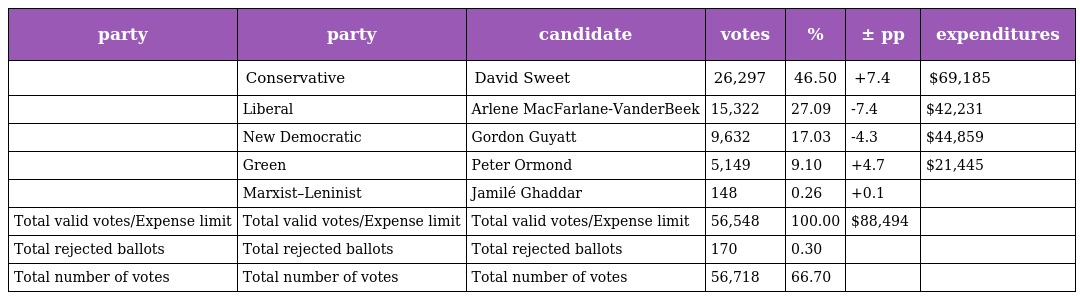
| party | party | candidate | votes | % | ± pp | expenditures |
 | --- | --- | --- | --- | --- | --- | --- |
 |  | Conservative | David Sweet | 26,297 | 46.50 | +7.4 | $69,185 |
 |  | Liberal | Arlene MacFarlane-VanderBeek | 15,322 | 27.09 | -7.4 | $42,231 |
 |  | New Democratic | Gordon Guyatt | 9,632 | 17.03 | -4.3 | $44,859 |
 |  | Green | Peter Ormond | 5,149 | 9.10 | +4.7 | $21,445 |
 |  | Marxist–Leninist | Jamilé Ghaddar | 148 | 0.26 | +0.1 |  |
 | Total valid votes/Expense limit | Total valid votes/Expense limit | Total valid votes/Expense limit | 56,548 | 100.00 | $88,494 |  |
 | Total rejected ballots | Total rejected ballots | Total rejected ballots | 170 | 0.30 |  |  |
 | Total number of votes | Total number of votes | Total number of votes | 56,718 | 66.70 |  |  |